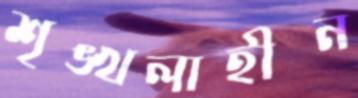
শৃঙ্খলাহীন